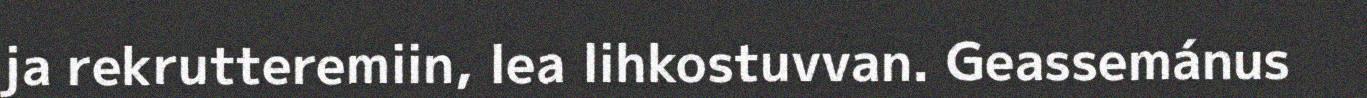
ja rekrutteremiin, lea lihkostuvvan. Geassemánus